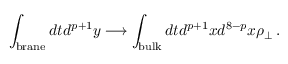
\int _ { \mathrm { { b r a n e } } } d t d ^ { p + 1 } y \longrightarrow \int _ { { \mathrm { b u l k } } } d t d ^ { p + 1 } x d ^ { 8 - p } x \rho _ { \perp } \, .